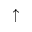
\uparrow